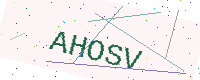
Text: AHOSV